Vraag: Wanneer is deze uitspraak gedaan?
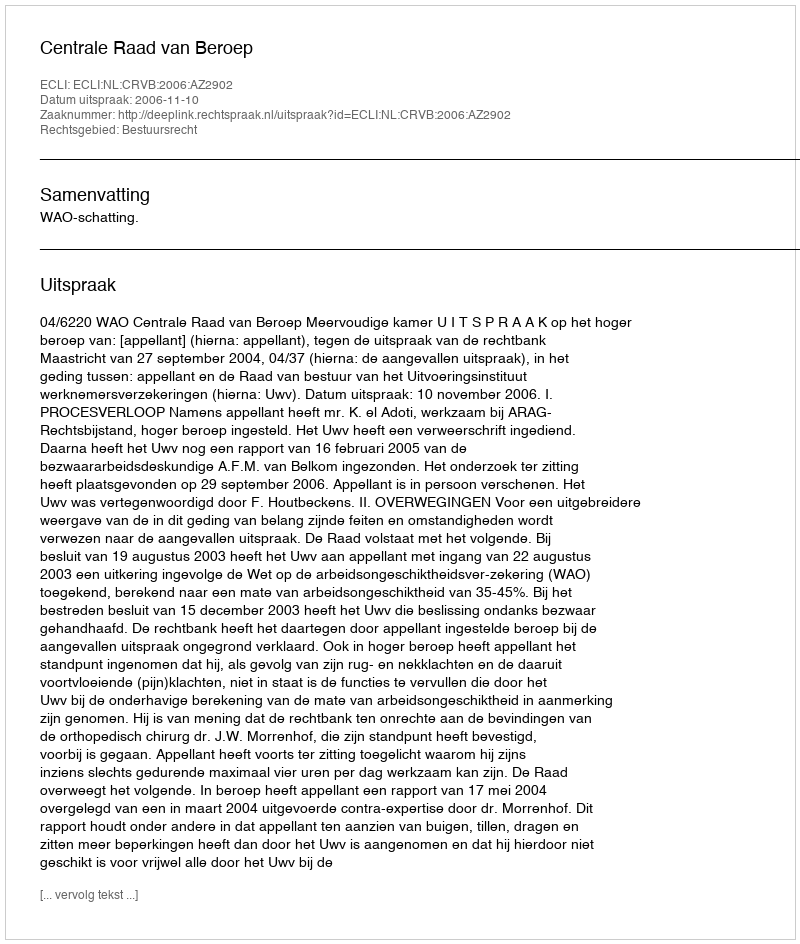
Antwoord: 2006-11-10